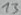
Text: 13